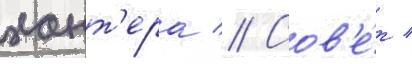
хант'ера // Сов'е́т /